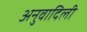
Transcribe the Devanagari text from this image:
अनुवादिली